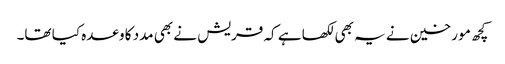
کچھ مو رخین نے یہ بھی لکھا ہے کہ قریش نے بھی مدد کا وعدہ کیا تھا۔